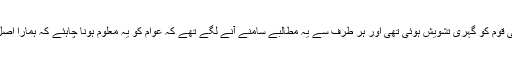
اس بیان سے امریکی قوم کو گہری تشویش ہوئی تھی اور ہر طرف سے یہ مطالبے سامنے آنے لگے تھے کہ عوام کو یہ معلوم ہونا چاہئے کہ ہمارا اصل حکمران کون ہے؟